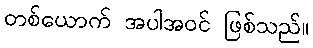
တစ်ယောက် အပါအဝင် ဖြစ်သည်။